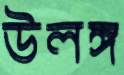
উলঙ্গ